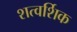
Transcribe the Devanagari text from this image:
शत्वर्शिक